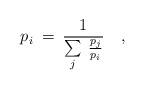
LaTeX: \begin{align*}p_i\>=\>\frac{1}{\sum\limits_{j}\>\frac{p_j}{p_i}}\quad,\end{align*}